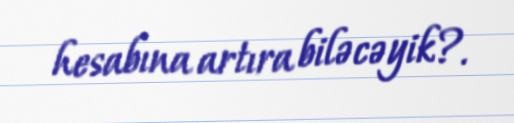
hesabına artıra biləcəyik?.